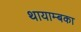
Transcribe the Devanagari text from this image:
थायाम्बका